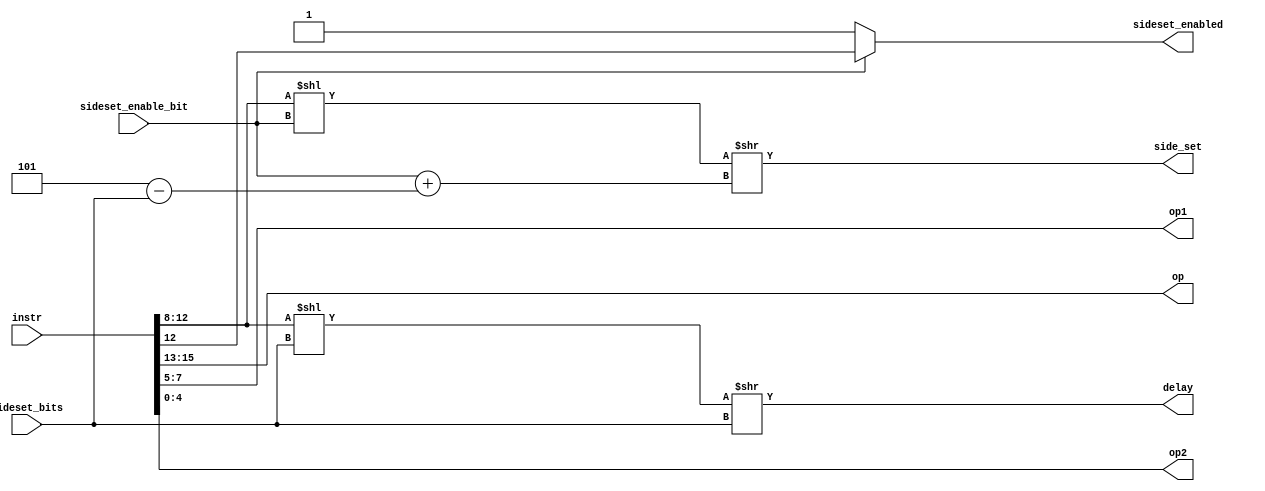
// This program was cloned from: https://github.com/lawrie/fpga_pio
// License: BSD 2-Clause "Simplified" License

// SPDX-FileCopyrightText: 2022 Lawrie Griffiths
// SPDX-License-Identifier: BSD-2-Clause

`default_nettype none
module decoder (
  input [15:0] instr,
  input [2:0]  sideset_bits,
  input        sideset_enable_bit,
  output [2:0] op,
  output [2:0] op1,
  output [4:0] op2,
  output [4:0] delay,
  output [4:0] side_set,
  output       sideset_enabled
);

  wire [2:0] delay_bits = 5 - sideset_bits;

  assign op = instr[15:13];
  assign op1 = instr[7:5];
  assign op2 = instr[4:0];
  assign delay = (instr[12:8] << sideset_bits) >> sideset_bits;
  assign side_set = instr[12:8] << sideset_enable_bit >> sideset_enable_bit + delay_bits;
  assign sideset_enabled = sideset_enable_bit ? instr[12] : 1;

endmodule